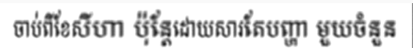
ចាប់ពីខែសីហា ប៉ុន្តែដោយសារតែបញ្ហា មួយចំនួន